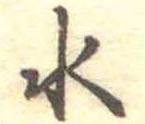
水